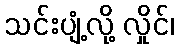
သင်းပျံ့လို့ လှိုင်၊